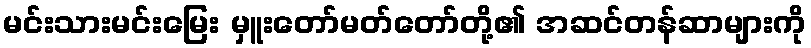
မင်းသားမင်းမြေး မှူးတော်မတ်တော်တို့၏ အဆင်တန်ဆာများကို